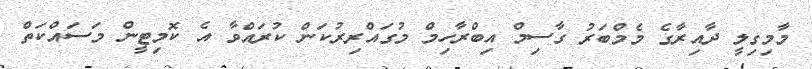
މާމިގިލީ ދާއިރާގެ މެމްބަރު ގާސިމް އިބްރާހިމް މުގައްރިރުކަން ކުރައްވާ އެ ކޮމިޓީން މަސައްކަތް